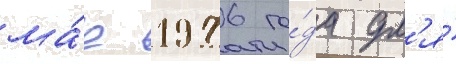
ма́е 1976 го́да дл'я́